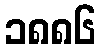
၁၈၈၆